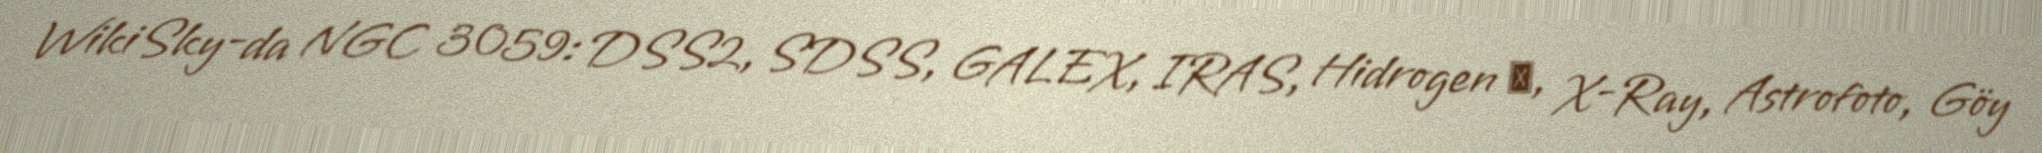
WikiSky-da NGC 3059: DSS2, SDSS, GALEX, IRAS, Hidrogen α, X-Ray, Astrofoto, Göy